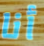
أنا